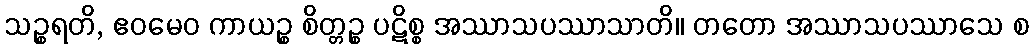
သဉ္စရတိ, ဧဝမေဝ ကာယဉ္စ စိတ္တဉ္စ ပဋိစ္စ အဿာသပဿာသာတိ။ တတော အဿာသပဿာသေ စ